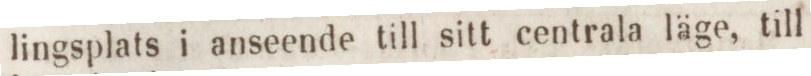
lingsplats i anseende till sitt centrala läge, till